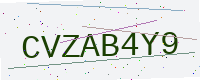
Text: CVZAB4Y9